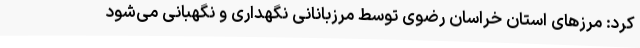
کرد: مرزهای استان خراسان رضوی توسط مرزبانانی نگهداری و نگهبانی می‌شود